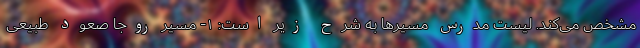
مشخص می‌کند. لیست مدرس مسیرها به شرح زیر است: ۱- مسیر روجا صعود طبیعی